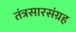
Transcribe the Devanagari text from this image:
तंत्रसारसंग्रह